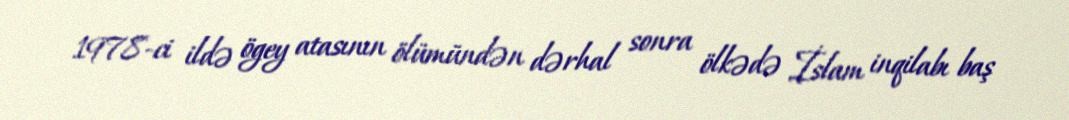
1978-ci ildə ögey atasının ölümündən dərhal sonra ölkədə İslam inqilabı baş